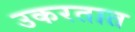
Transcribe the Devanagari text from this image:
उकरतात